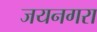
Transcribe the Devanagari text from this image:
जयनगरा